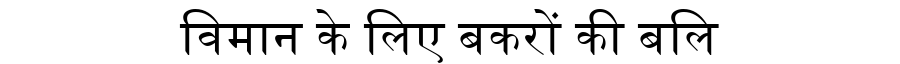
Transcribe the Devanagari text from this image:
विमान के लिए बकरों की बलि